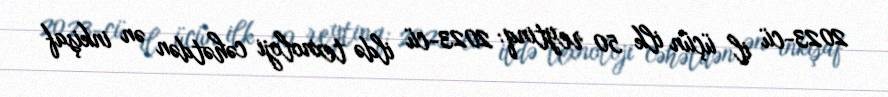
2023-cü il üçün ilk 50 reytinq: 2023-cü ildə texnoloji cəhətdən ən inkişaf